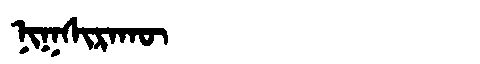
Manchu: ᠨᡳᡴᠰᡳᡵᠠᡴᡡ
Romanization: NIKSIRAKŪ